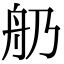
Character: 𦨋